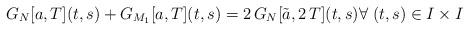
LaTeX: \begin{align*}G_{N}[a,T](t,s)+G_{M_1}[a,T](t,s)=2\, G_N[\tilde{a},2\,T](t,s)\forall \; (t,s)\in I\times I\end{align*}